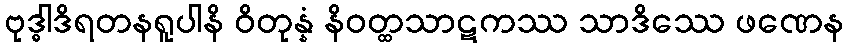
ဗုဒ္ဓါဒိရတနရူပါနိ ဝိတုန္နံ နိဝတ္ထသာဋကဿ သာဒိဿေ ဖဏေန